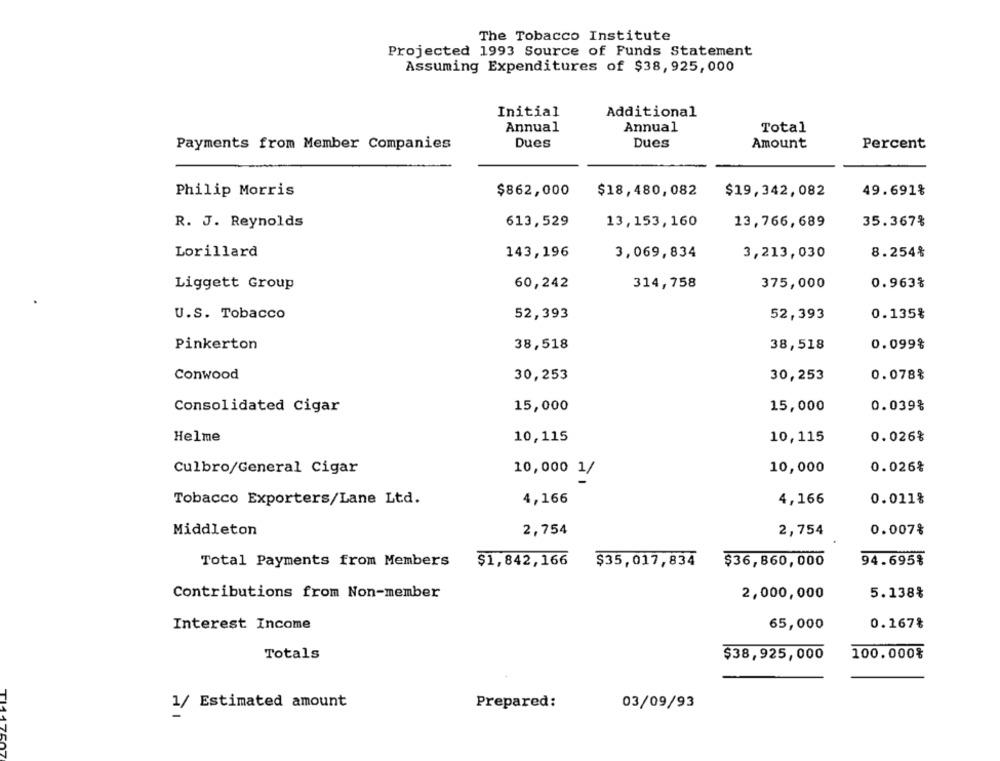
The Tobacco Institute
Projected 1993 Source of Funds Statement
Assuming Expenditures of $38, 925, 000
Initial
Additional
Annual
Annual
Total
Dues
Dues
Amount
Percent
Payments from Member Companies
Philip Morris
$862,000
$18,480,082
$19,342,082
49.691%
R. J. Reynolds
613,529
13,153,160
13,766,689
35.367%
Lorillard
143,196
3,069,834
3,213,030
8.254%
Liggett Group
60,242
314,758
375,000
0.963%
U.S. Tobacco
52,393
52,393
0.135%
Pinkerton
38,518
38,518
0.099%
Conwood
30,253
30,253
0.078%
Consolidated Cigar
15,000
15,000
0.039%
Helme
10,115
10,115
0.026%
Culbro/General Cigar
10,000
0.026%
10,000 1/
Tobacco Exporters/Lane Ltd.
4,166
4,166
0.011%
Middleton
2,754
2,754
0.007%
Total Payments from Members
$1,842,166 $35,017,834
$36,860,000
94.695%
Contributions from Non-member
2,000,000
5.138%
Interest Income
0.167%
65,000
Totals
100.000%
$38,925,000
1/ Estimated amount
Prepared:
03/09/93